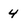
Character: 4